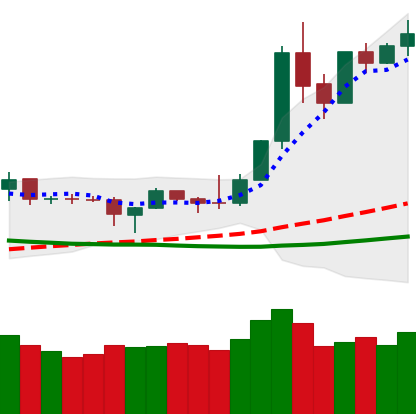
Ticker: XMR-USD
Chart end date: 2019-04-08
Forward return: -8.116%
Label: down_7plus